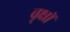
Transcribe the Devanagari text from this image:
वृक्षॉ